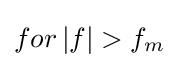
for\left\vert f\right\vert >f_{m}